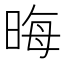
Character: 晦